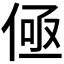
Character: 𰂟